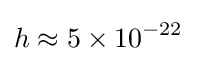
h\approx 5\times 10^{-22}